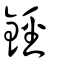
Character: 鋞